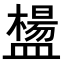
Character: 𥂸